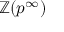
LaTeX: \mathbb { Z } ( p ^ { \infty } )